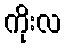
ကိုးလ